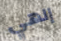
إلهي